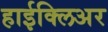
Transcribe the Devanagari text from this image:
हाईक्लिअर